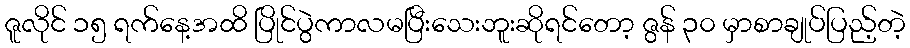
ဇူလိုင် ၁၅ ရက်နေ့အထိ ပြိုင်ပွဲကာလမပြီးသေးဘူးဆိုရင်တော့ ဇွန် ၃၀ မှာစာချုပ်ပြည့်တဲ့